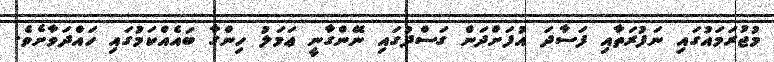
މުޖުރަމައުގައި ނަފުރަތާއި ފަސާދަ އުފަށްދަން ގަސްދުގައި ނޭންގާނީ ޢަމަލު ހިންގާ ބައެއްކަމުގައި ހައްދަވާށެވެ.